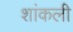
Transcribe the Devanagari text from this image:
शांकली